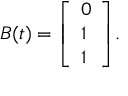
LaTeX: B ( t ) = { \left[ \begin{array} { l } { 0 } \\ { 1 } \\ { 1 } \end{array} \right] } .